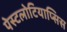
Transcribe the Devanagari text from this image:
पेस्टलोटियाप्सिस